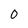
Character: 0